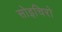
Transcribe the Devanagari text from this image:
सोइचिरो